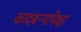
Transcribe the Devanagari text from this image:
कादंबर्‍यांपेक्षा